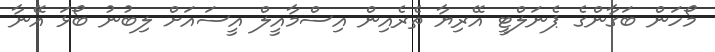
މޯހަން ބަގާންގެ ޕެނަލްޓީ އޭރިޔާ ތެރެއިން އިސްމާއީލް އީސައަށް ލިބުނު ބޯޅަ އޭނާ